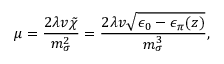
\mu = { \frac { 2 \lambda v \tilde { \chi } } { m _ { \sigma } ^ { 2 } } } = { \frac { 2 \lambda v \sqrt { \epsilon _ { 0 } - \epsilon _ { \pi } ( z ) } } { m _ { \sigma } ^ { 3 } } } ,